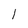
Character: 1